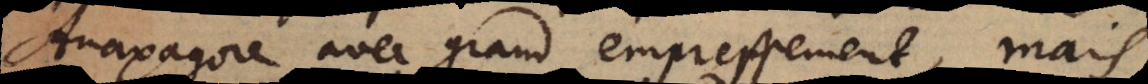
Anaxagore avec grand empressement, mais